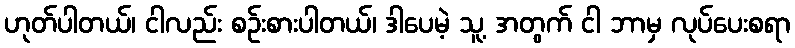
ဟုတ်ပါတယ်၊ ငါလည်း စဉ်းစားပါတယ်၊ ဒါပေမဲ့ သူ့ အတွက် ငါ ဘာမှ လုပ်ပေးစရာ